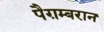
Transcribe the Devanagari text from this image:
पैग़म्बरान